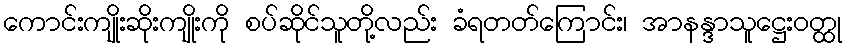
ကောင်းကျိုးဆိုးကျိုးကို စပ်ဆိုင်သူတို့လည်း ခံရတတ်ကြောင်း၊ အာနန္ဒာသူဋ္ဌေးဝတ္ထု